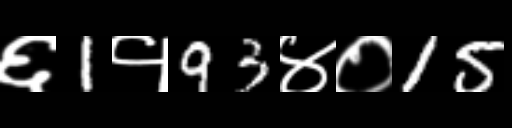
Text: ६1१93४०15